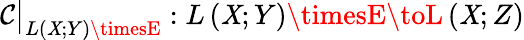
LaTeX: \mathcal{C}{\big\vert}_{L\left(\mathit{X};Y\right)\timesE}:L\left(\mathit{X};Y\right)\timesE\toL\left(\mathit{X};Z\right)